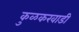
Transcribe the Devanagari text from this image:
कुळकरवाडी